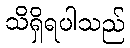
သိရှိရပါသည်